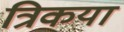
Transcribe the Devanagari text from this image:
त्रिकया